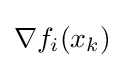
\nabla f_{i}(x_{k})